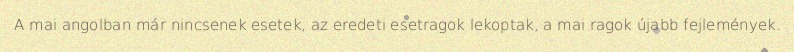
A mai angolban már nincsenek esetek, az eredeti esetragok lekoptak, a mai ragok újabb fejlemények.